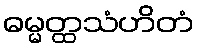
ဓမ္မတ္ထသံဟိတံ